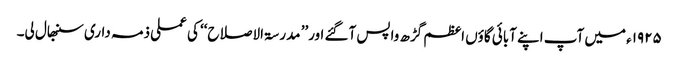
۱۹۲۵ء میں آپ اپنے آبائی گاؤں اعظم گڑھ واپس آگئے اور’’ مدرسۃ الاصلاح‘‘ کی عملی ذمہ داری سنبھال لی۔